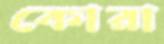
কোরা